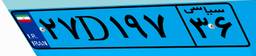
۱۸D۲۷۶۹۹